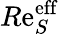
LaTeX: R\mathrm{e}_{S}^{\mathrm{{\mathrm{e}ff}}}